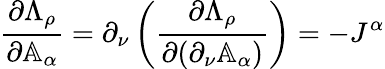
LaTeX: \frac{\partial\Lambda_{\rho}}{\partial\mathbb{A}_{\alpha}}=\partial_{\nu}\left(\frac{\partial\Lambda_{\rho}}{\partial(\partial_{\nu}\mathbb{A}_{\alpha})}\right)=-J^{\alpha}